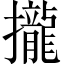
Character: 攏